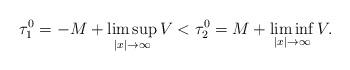
LaTeX: \begin{align*}\tau^0_1=-M+\limsup_{|x|\to\infty} V<\tau^0_2=M+\liminf_{|x|\to\infty} V.\end{align*}